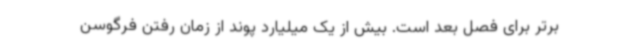
برتر برای فصل بعد است. بیش از یک میلیارد پوند از زمان رفتن فرگوسن